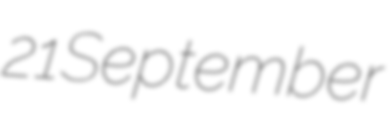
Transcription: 21 September